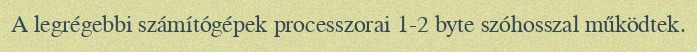
A legrégebbi számítógépek processzorai 1-2 byte szóhosszal működtek.